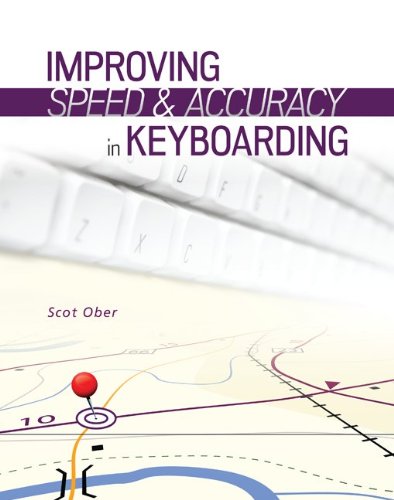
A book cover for Improving Speed and Accuracy in Keyboarding + access card package; Scot Ober; Law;